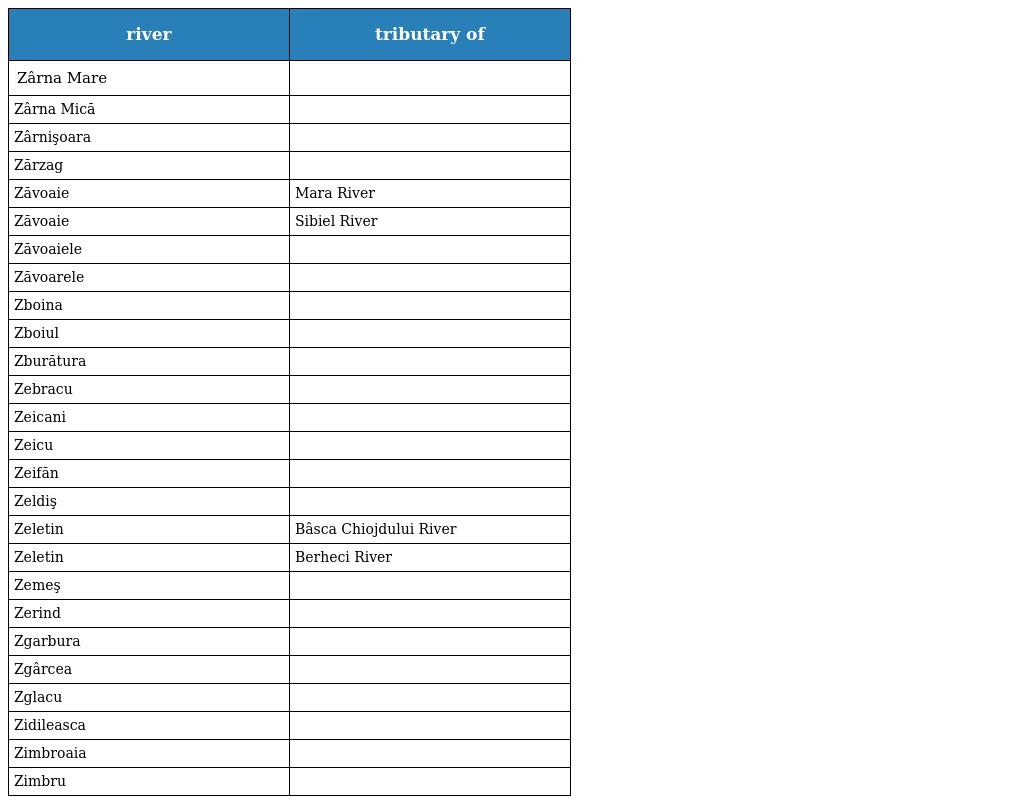
| river | tributary of |
 | --- | --- |
 | Zârna Mare |  |
 | Zârna Mică |  |
 | Zârnişoara |  |
 | Zărzag |  |
 | Zăvoaie | Mara River |
 | Zăvoaie | Sibiel River |
 | Zăvoaiele |  |
 | Zăvoarele |  |
 | Zboina |  |
 | Zboiul |  |
 | Zburătura |  |
 | Zebracu |  |
 | Zeicani |  |
 | Zeicu |  |
 | Zeifăn |  |
 | Zeldiş |  |
 | Zeletin | Bâsca Chiojdului River |
 | Zeletin | Berheci River |
 | Zemeş |  |
 | Zerind |  |
 | Zgarbura |  |
 | Zgârcea |  |
 | Zglacu |  |
 | Zidileasca |  |
 | Zimbroaia |  |
 | Zimbru |  |